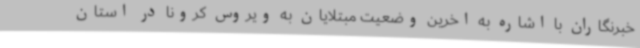
خبرنگاران با اشاره به اخرین وضعیت مبتلایان به ویروس کرونا در استان